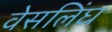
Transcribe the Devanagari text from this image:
वेसलिंघ